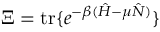
\Xi = \mathrm { t r } \{ e ^ { - \beta ( \hat { H } - \mu \hat { N } ) } \}